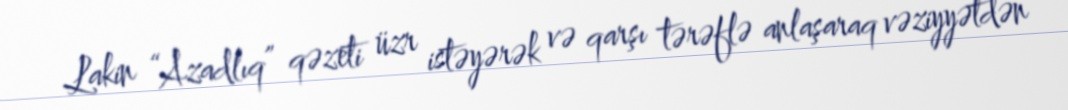
Lakin “Azadlıq” qəzeti üzr istəyərək və qarşı tərəflə anlaşaraq vəziyyətdən